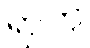
ရာဟု